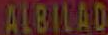
ALBILAD